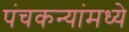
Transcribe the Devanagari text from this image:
पंचकन्यांमध्ये